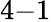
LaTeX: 4{-}1